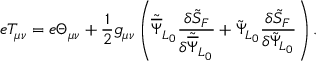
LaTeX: e T _ { \mu \nu } = e \Theta _ { \mu \nu } + \frac { 1 } { 2 } g _ { \mu \nu } \left( { \tilde { \overline { { \Psi } } } } _ { L _ { 0 } } \frac { \delta { \tilde { S } } _ { F } } { \delta { \tilde { \overline { { \Psi } } } } _ { L _ { 0 } } } + { \tilde { \Psi } } _ { L _ { 0 } } \frac { \delta { \tilde { S } } _ { F } } { \delta { \tilde { \Psi } } _ { L _ { 0 } } } \right) .